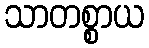
သာတစ္စာယ